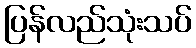
ပြန်လည်သုံးသပ်